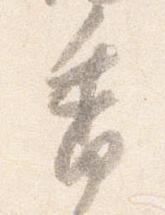
香